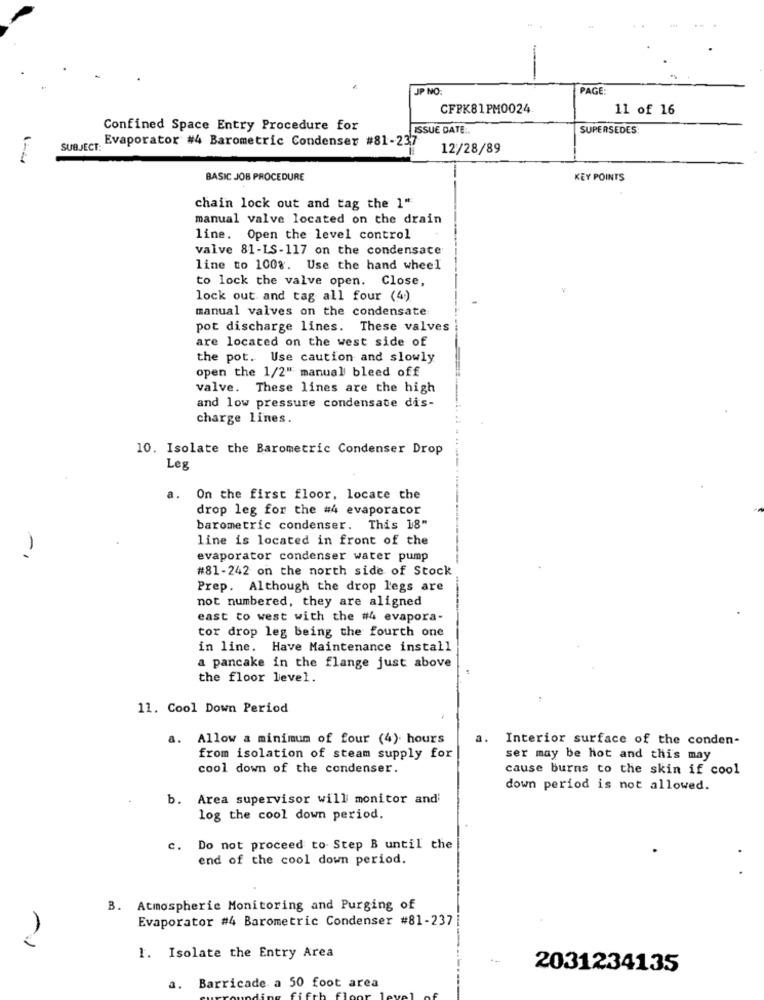
JP NO:
PAGE:
CFPK81PM0024
11 of 16
Confined Space Entry Procedure for
ISSUE DATE:
SUPERSEDES
Evaporator #4 Barometric Condenser #81-237
SUBJECT:
12/28/89
1-4
-
BASIC JOB PROCEDURE
KEY POINTS
chain lock out and tag the 1"
manual valve located on the drain
line. Open the level control
valve 81-LS-117 on the condensate
line to 100%. Use the hand wheel
to lock the valve open. Close,
lock out and tag all four (4)
manual valves on the condensate
pot discharge lines. These valves
are located on the west side of
the pot. Use caution and slowly
open the 1/2" manual bleed off
valve. These lines are the high
and low pressure condensate dis-
charge lines.
10. Isolate the Barometric Condenser Drop
Leg
a. On the first floor, locate the
drop leg for the #4 evaporator
barometric condenser. This 18"
line is located in front of the
-,
evaporator condenser water pump
#81-242 on the north side of Stock
Prep. Although the drop legs are
not numbered, they are aligned
east to west with the #4 evapora-
tor drop leg being the fourth one
in line. Have Maintenance install
a pancake in the flange just above
the floor level.
11. Cool Down Period
a.
Allow a minimum of four (4). hours
a.
Interior surface of the conden-
from isolation of steam supply for
ser may be hot and this may
cool down of the condenser.
cause burns to the skin if cool
down period is not allowed.
b. Area supervisor will monitor and
log the cool down period.
c. Do not proceed to Step B until the
end of the cool down period.
B.
Atmospheric Monitoring and Purging of
Evaporator #4 Barometric Condenser #81-237|
2
1. Isolate the Entry Area
2031234135
a. Barricade a 50 foot area